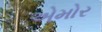
એમોર